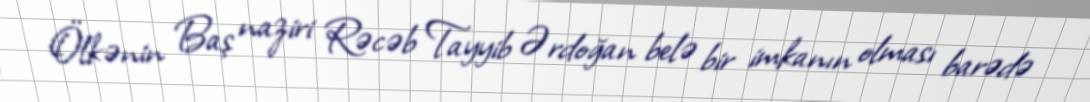
Ölkənin Baş naziri Rəcəb Tayyib Ərdoğan belə bir imkanın olması barədə